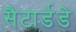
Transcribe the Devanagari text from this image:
सैटार्डडे